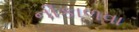
નીકાળવા